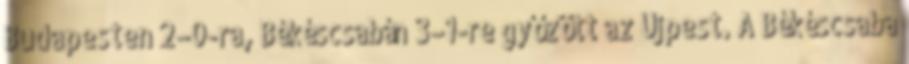
Budapesten 2–0-ra, Békéscsabán 3–1-re győzött az Újpest. A Békéscsaba